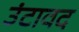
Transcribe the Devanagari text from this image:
उंटावद